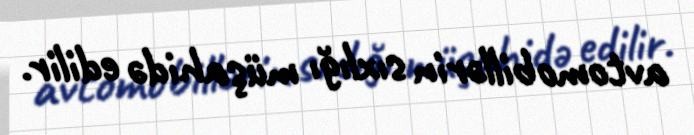
avtomobillərin sıxlığı müşahidə edilir.